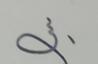
Signature authenticity: forged